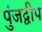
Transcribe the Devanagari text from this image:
पुंजद्वीप